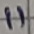
Text: 11